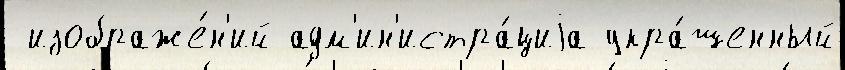
 изображе́н'ий адм'ин'истра́циjа укра́шенный